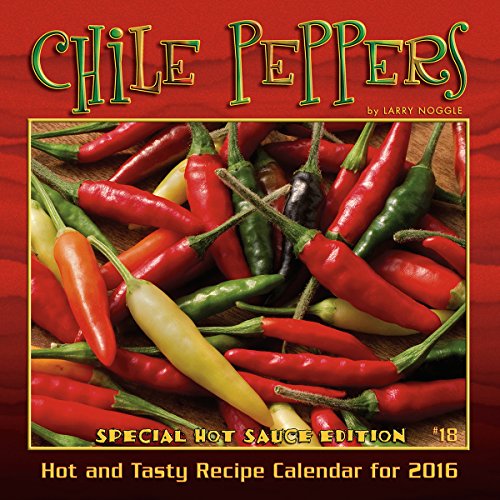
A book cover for Chile Peppers 2016 Wall Calendar; Larry Noggle; Calendars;